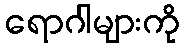
ရောဂါများကို